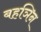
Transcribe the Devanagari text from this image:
बहञिन